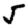
Digit: 5